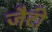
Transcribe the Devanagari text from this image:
जैटी